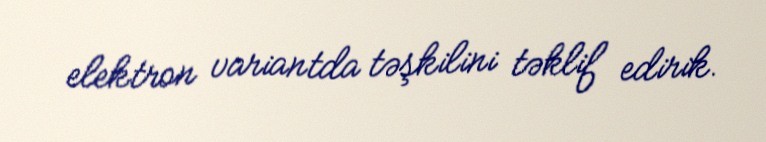
elektron variantda təşkilini təklif edirik.